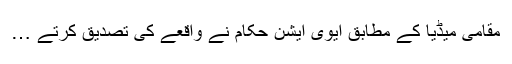
مقامی میڈیا کے مطابق ایوی ایشن حکام نے واقعے کی تصدیق کرتے …